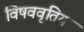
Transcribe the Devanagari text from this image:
विषववृतिय